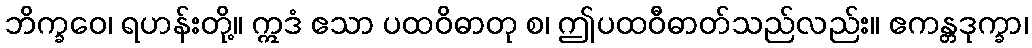
ဘိက္ခဝေ၊ ရဟန်းတို့။ ဣဒံ ဧသာ ပထဝိဓာတု စ၊ ဤပထဝီဓာတ်သည်လည်း။ ဧကန္တဒုက္ခာ၊